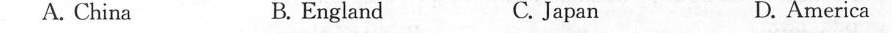
A. China B. England C.Japan D. America